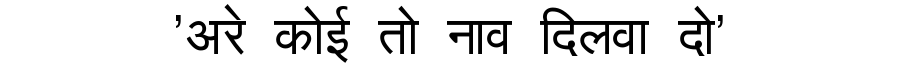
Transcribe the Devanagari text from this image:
'अरे कोई तो नाव दिलवा दो'